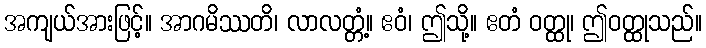
အကျယ်အားဖြင့်။ အာဂမိဿတိ၊ လာလတ္တံ့။ ဧဝံ၊ ဤသို့။ ဧတံ ဝတ္ထု၊ ဤဝတ္ထုသည်။